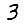
Digit: 3